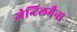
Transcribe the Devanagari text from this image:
जेन्टिलमैन्स